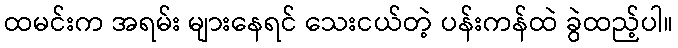
ထမင်းက အရမ်း များနေရင် သေးငယ်တဲ့ ပန်းကန်ထဲ ခွဲထည့်ပါ။